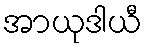
အာယုဒါယီ